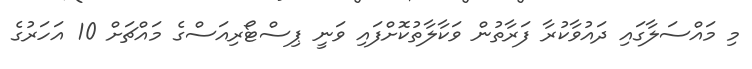
މި މައްސަލާގައި ދައުވާކުރާ ފަރާތުން ވަކާލާތުކޮށްފައި ވަނީ ޕިސްޓޯރިއަސްގެ މައްޗަށް 10 އަހަރުގެ